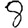
Digit: 8